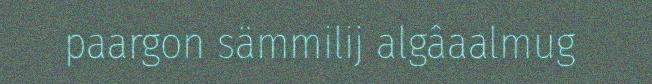
paargon sämmilij algâaalmug